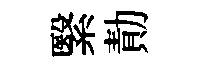
繄勣